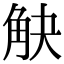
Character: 觖